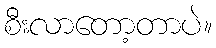
စီးလာတော့တာပဲ။